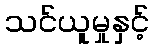
သင်ယူမှုနှင့်